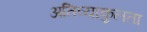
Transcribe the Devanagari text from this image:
अतिव्याकुलता